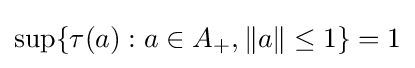
\sup\{\tau (a):a\in A_{+},\|a\|\leq 1\}=1